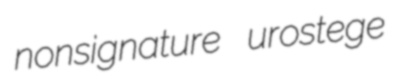
nonsignature urostege